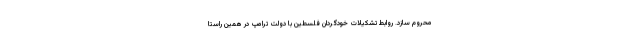
محروم سازد. روابط تشکیلات خودگردان فلسطین با دولت ترامپ در همین راستا